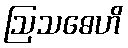
ဩသဓေဟိ